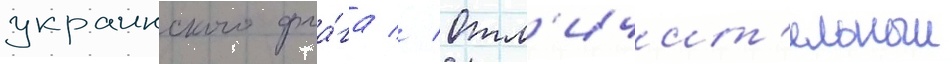
украинского фла́га // Отл'ичит'ельныи